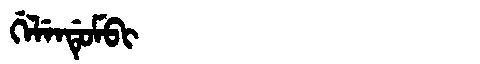
Manchu: ᡤᡝᠯᡝᠨᡩᡠᠮᠪᡳ
Romanization: GELENDUMBI